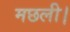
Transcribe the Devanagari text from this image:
मछली।